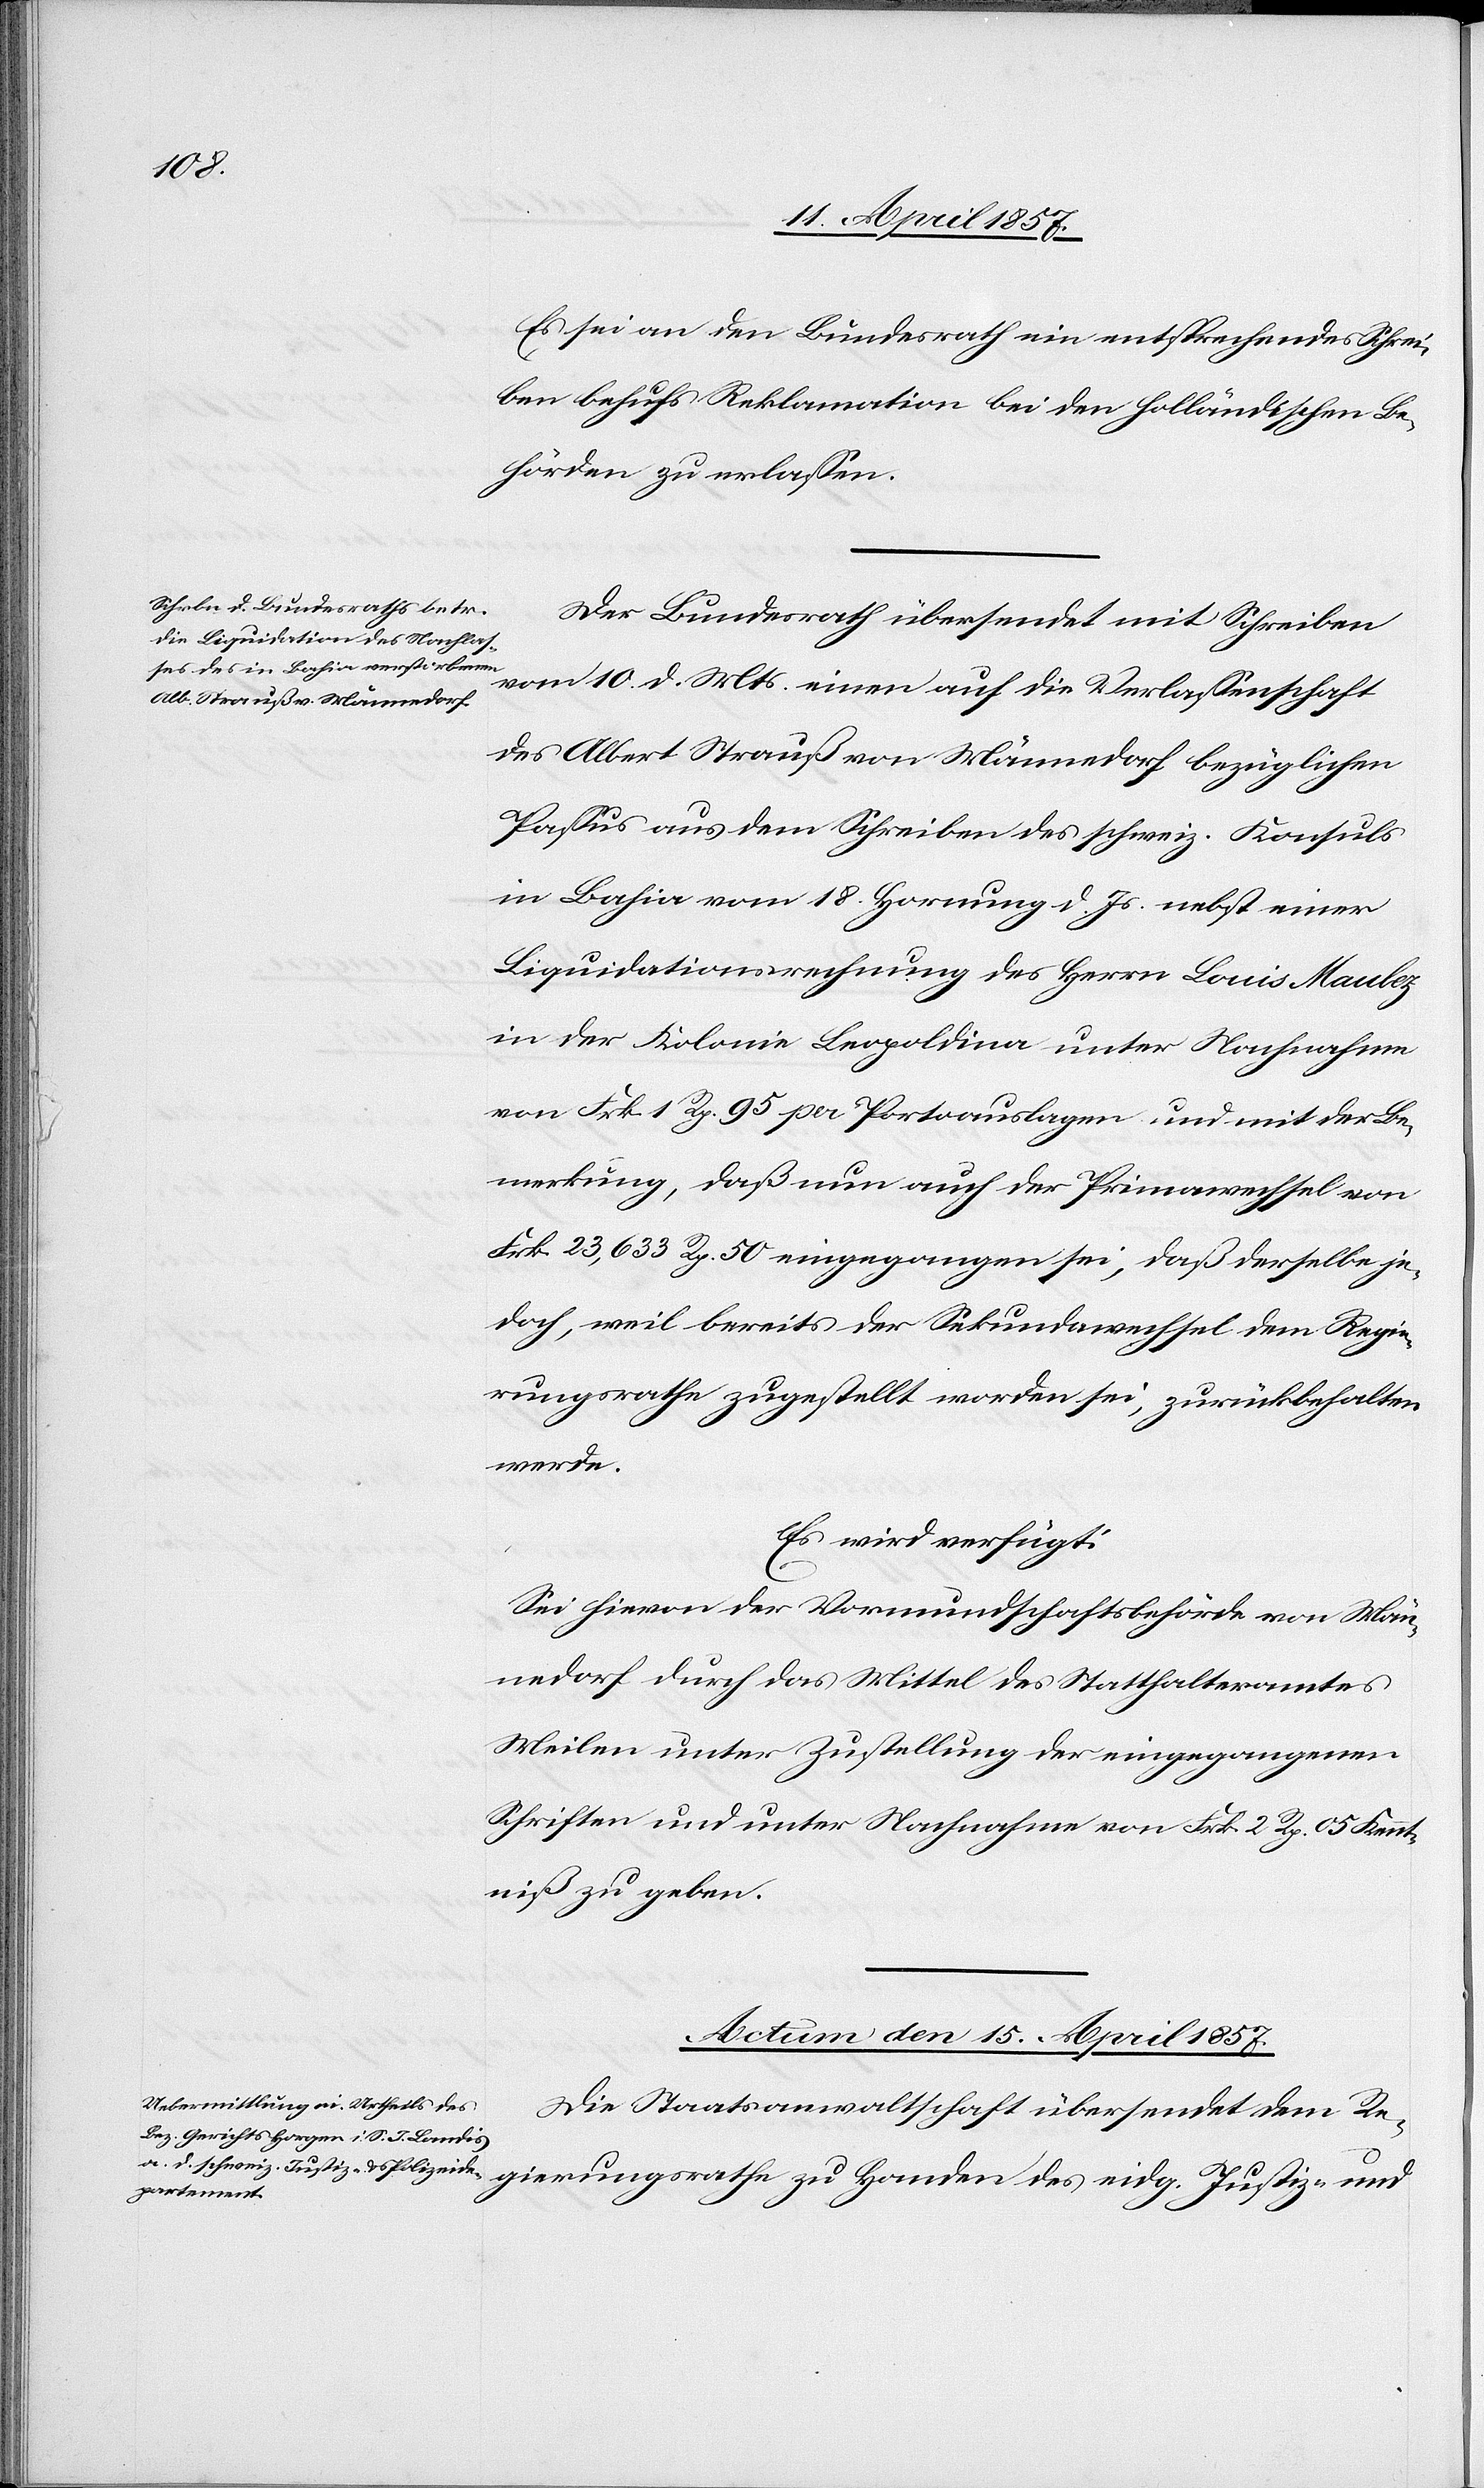
Es sei an den Bundesrath ein entsprechendes Schrei¬
ben behufs Reklamation bei den holländischen Be¬
hörden zu erlassen.
Der Bundesrath übersendet mit Schreiben
vom 10. d. Mts. einen auf die Verlassenschaft
des Albert Strauß von Männedorf bezüglichen
Passus aus dem Schreiben des schweiz. Konsuls
in Bahia vom 18. Hornung d. Js. nebst einer
Liquidationsrechnung des Herrn Louis Maulez
in der Kolonie Leopoldina unter Nachnahme
von Frk. 1 Rp. 95 per Portoauslagen und mit der Be¬
merkung, daß nun auch der Primawechsel von
Frk. 23,633 Rp. 50 eingegangen sei, daß derselbe je¬
doch, weil bereits der Sekundawechsel dem Regie¬
rungsrathe zugestellt worden sei, zurückbehalten
werde.
Es wird verfügt:
Sei hievon der Vormundschaftsbehörde von Män¬
nedorf durch das Mittel des Statthalteramtes
Meilen unter Zustellung der eingegangenen
Schriften und unter Nachnahme von Frk. 2 Rp. 05 Kennt¬
niß zu geben.
Actum den 15. April 1857.
Die Staatsanwaltschaft übersendet dem Re¬
gierungsrathe zu Handen des eidg. Justiz- und